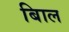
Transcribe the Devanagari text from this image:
बािल